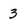
Character: 3